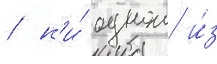
/ н'и́ однои и́з